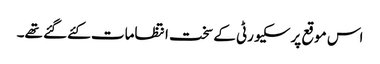
اس موقع پرسکیورٹی کےسخت انتظامات کئےگئے تھے۔